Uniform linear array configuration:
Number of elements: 8
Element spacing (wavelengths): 0.25
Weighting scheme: binomial
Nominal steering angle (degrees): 60
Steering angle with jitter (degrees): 60.653
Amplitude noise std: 0.05
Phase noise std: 0.05

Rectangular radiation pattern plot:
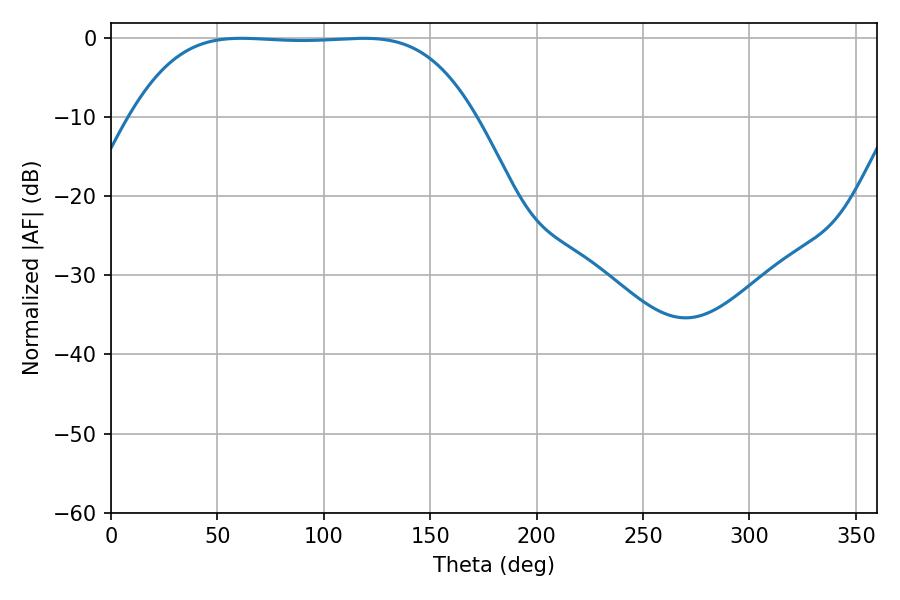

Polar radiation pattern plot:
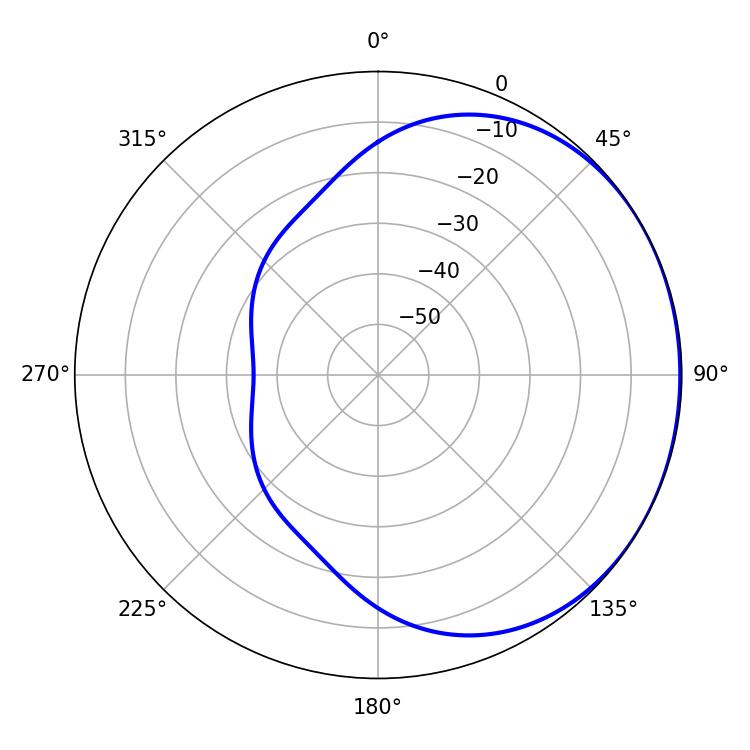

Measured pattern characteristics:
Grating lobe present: FALSE
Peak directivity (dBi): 0.7436
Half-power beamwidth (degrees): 123.84
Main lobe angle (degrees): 61.2